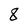
Character: 8